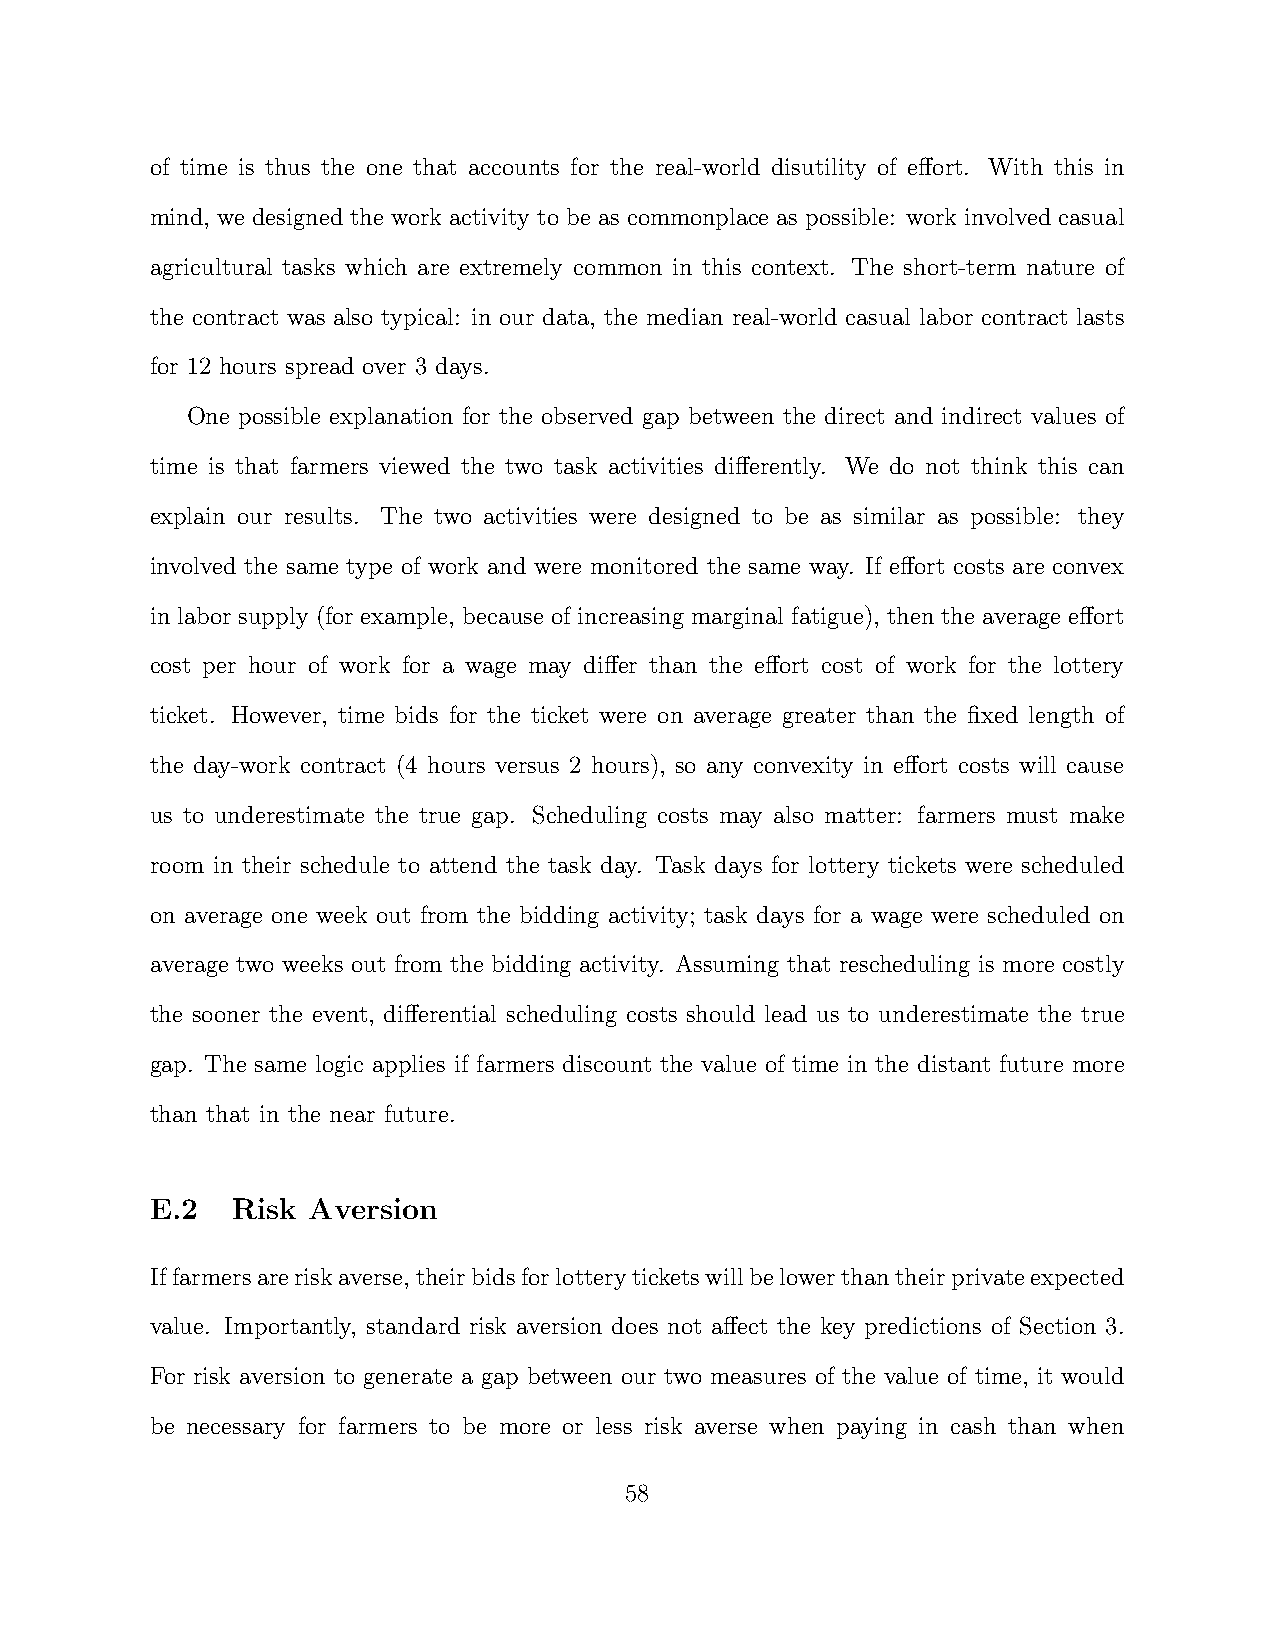
of time is thus the one that accounts for the real-world disutility of effort. With this in
 mind, we designed the work activity to be as commonplace as possible: work involved casual
 agricultural tasks which are extremely common in this context. The short-term nature of
 the contract was also typical: in our data, the median real-world casual labor contract lasts
 for 12 hours spread over 3 days.
 One possible explanation for the observed gap between the direct and indirect values of
 time is that farmers viewed the two task activities differently. We do not think this can
 explain our results. The two activities were designed to be as similar as possible: they
 involved the same type of work and were monitored the same way. If effort costs are convex
 in labor supply (for example, because of increasing marginal fatigue), then the average effort
 cost per hour of work for a wage may differ than the effort cost of work for the lottery
 ticket. However, time bids for the ticket were on average greater than the fixed length of
 the day-work contract (4 hours versus 2 hours), so any convexity in effort costs will cause
 us to underestimate the true gap. Scheduling costs may also matter: farmers must make
 room in their schedule to attend the task day. Task days for lottery tickets were scheduled
 on average one week out from the bidding activity; task days for a wage were scheduled on
 average two weeks out from the bidding activity. Assuming that rescheduling is more costly
 the sooner the event, differential scheduling costs should lead us to underestimate the true
 gap. The same logic applies if farmers discount the value of time in the distant future more
 than that in the near future.
 E.2  Risk Aversion
 Iffarmersareriskaverse,theirbidsforlotteryticketswillbelowerthantheirprivateexpected
 value. Importantly, standard risk aversion does not affect the key predictions of Section 3.
 For risk aversion to generate a gap between our two measures of the value of time, it would
 be necessary for farmers to be more or less risk averse when paying in cash than when
 58